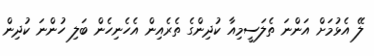
ލޭ އެޅުމަށް އަންނަ ތެލަސީމިއާ ކުދިންގެ ތެރެއިން އެހެނިހެން ބަލި ހުންނަ ކުދިން